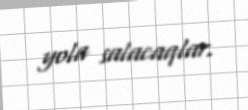
yola salacaqlar.